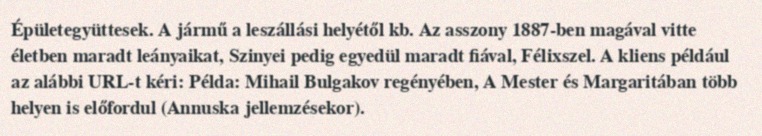
Épületegyüttesek. A jármű a leszállási helyétől kb. Az asszony 1887-ben magával vitte életben maradt leányaikat, Szinyei pedig egyedül maradt fiával, Félixszel. A kliens például az alábbi URL-t kéri: Példa: Mihail Bulgakov regényében, A Mester és Margaritában több helyen is előfordul (Annuska jellemzésekor).